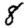
Digit: 8